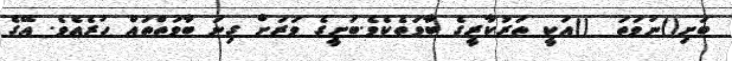
ބަށި()ނުވަތަ  ()އަކީ ތަރުކާރީގެ ބާވަތެކެވެ.ބަށީގެ ވަރަށް ގިނަ ބާވަތްތައް ހުރެއެވެ. އޭގެ